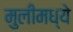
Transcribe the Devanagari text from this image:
मुलीमध्ये